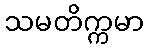
သမတိက္ကမာ